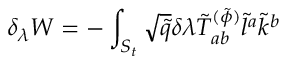
\delta _ { \lambda } W = - \int _ { S _ { t } } \sqrt { \tilde { q } } \delta \lambda \tilde { T } _ { a b } ^ { ( \tilde { \phi } ) } \tilde { l } ^ { a } \tilde { k } ^ { b }